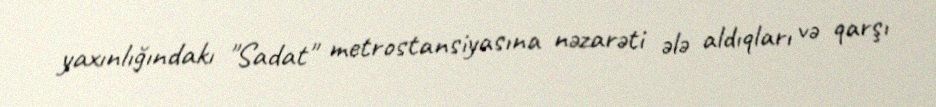
yaxınlığındakı "Sadat" metrostansiyasına nəzarəti ələ aldıqları və qarşı